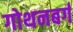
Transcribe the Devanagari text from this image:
गोथनबर्गं